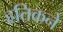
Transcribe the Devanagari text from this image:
हृतिकने